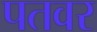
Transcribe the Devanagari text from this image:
पतवर